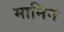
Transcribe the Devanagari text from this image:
मानिन